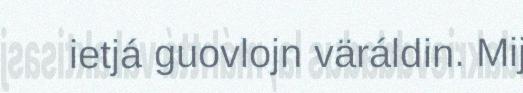
ietjá guovlojn väráldin. Mij